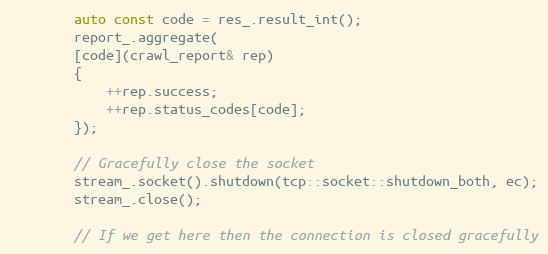
Language: C++
        auto const code = res_.result_int();
        report_.aggregate(
        [code](crawl_report& rep)
        {
            ++rep.success;
            ++rep.status_codes[code];
        });

        // Gracefully close the socket
        stream_.socket().shutdown(tcp::socket::shutdown_both, ec);
        stream_.close();

        // If we get here then the connection is closed gracefully